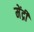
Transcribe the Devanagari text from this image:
मेंद्री